Lunatic asylums Central Provinces reports 1895-1909 - 1895-1909
Year: 1895
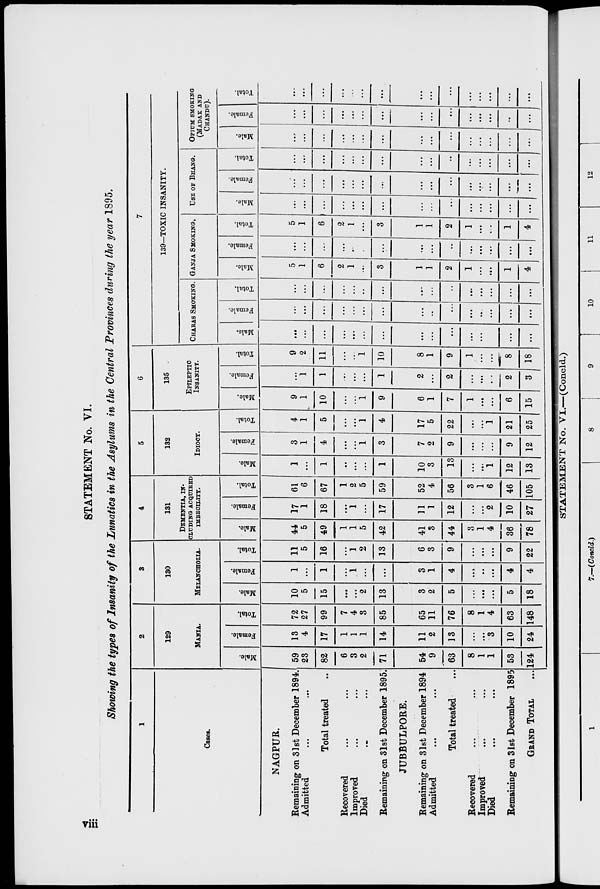
viii
STATEMENT No. VI.
Showing the types of Insanity of the Lunatics in the Asylums in the Central Provinces during the year 1895.
1
Cases.
NAGPUR.
Remaining on 31st December 1894.
Admitted ... ...
Total treated ...
Recovered ... ...
Improved ... ...
Died ... ...
Remaining on 31st December 1895.
JUBBULPORE.
Remaining on 31st December 1894
Admitted ... ...
Total treated ...
Recovered ... ...
Improved ... ...
Died ... ...
Remaining on 31st December 1895
GRAND TOTAL ...
2
129
MANIA.
Male.
59
23
82
6
3
2
71
54
9
63
8
1
1
53
124
Female.
13
4
17
1
1
1
14
11
2
13
...
...
3
10
24
Total.
72
27
99
7
4
3
85
65
11
76
8
1
4
63
148
3
130
MELANCHOLIA.
Male.
10
5
15
...
...
2
13
3
2
5
...
...
...
5
18
Female.
1
...
1
...
1
...
...
3
1
4
...
...
...
4
4
Total.
11
5
16
...
1
2
13
6
3
9
...
...
...
9
22
4
131
DEMENTIA, IN-
-------
ACQTTIBED
IMBECILITY.
Male.
44
49
1
1
5
42
41
3
44
3
1
4
36
78
Female.
17
1
18
...
1
...
17
11
1
12
...
...
2
10
27
Total.
61
6
67
1
2
5
59
52
4
56
3
1
6
46
105
5
132
IDIOCY.
Male.
1
...
1
...
...
...
1
10
3
13
...
...
1
12
13
Female.
3
1
4
...
...
1
3
7
2
9
...
...
...
9
12
Total.
4
1
5
...
...
1
4
17
5
22
...
...
1
21
25
6
135
EPILEPTIC
INSANITY.
Male.
9
1
10
...
...
1
9
6
1
7
1
...
...
6
15
Female.
...
1
1
...
...
...
1
2
...
2
...
...
...
2
3
Total.
9
2
11
...
...
1
10
8
1
9
1
...
...
8
18
7
139—TOXIC INSANITY.
CHARAS SMOKING.
Male.
...
...
...
...
...
...
...
...
...
...
...
...
...
...
Female.
...
...
...
...
...
...
...
...
...
...
...
... .
...
...
...
Total.
...
...
...
...
...
...
...
...
...
...
...
...
...
...
...
GANJA SMOKING.
Male.
5
1
6
2
1
...
3
1
1
2
1
...
...
1
4
Female.
...
...
...
...
...
...
...
...
...
...
...
...
...
...
...
Total.
5
1
6
2
1
...
3
1
1
2
1
...
...
1
4
USE OF BHANG.
Male.
...
...
...
...
...
...
...
...
...
...
...
...
...
...
...
Female.
...
...
...
...
...
...
...
...
...
...
...
...
...
...
...
Total.
...
...
...
...
...
...
...
...
...
...
...
...
...
...
...
OPIUM SMOKING
(MADAK AND
CHANDU).
Male.
...
...
...
...
...
...
...
...
...
...
...
...
...
...
...
Female.
...
...
...
...
...
...
...
...
...
...
...
...
...
...
...
Total.
...
...
...
...
...
...
...
...
...
...
...
...
...
...
...